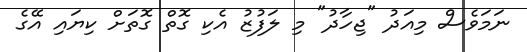
ނަމަވެސް މިއަދު "ޖިހާދު" މި ލަފުޒު އެކި ގޮތް ގޮތަށް ކިޔައި އޭގެ